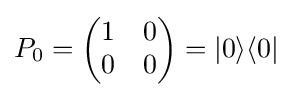
P_{0}={\begin{pmatrix}1&0\\0&0\end{pmatrix}}=|0\rangle \langle 0|